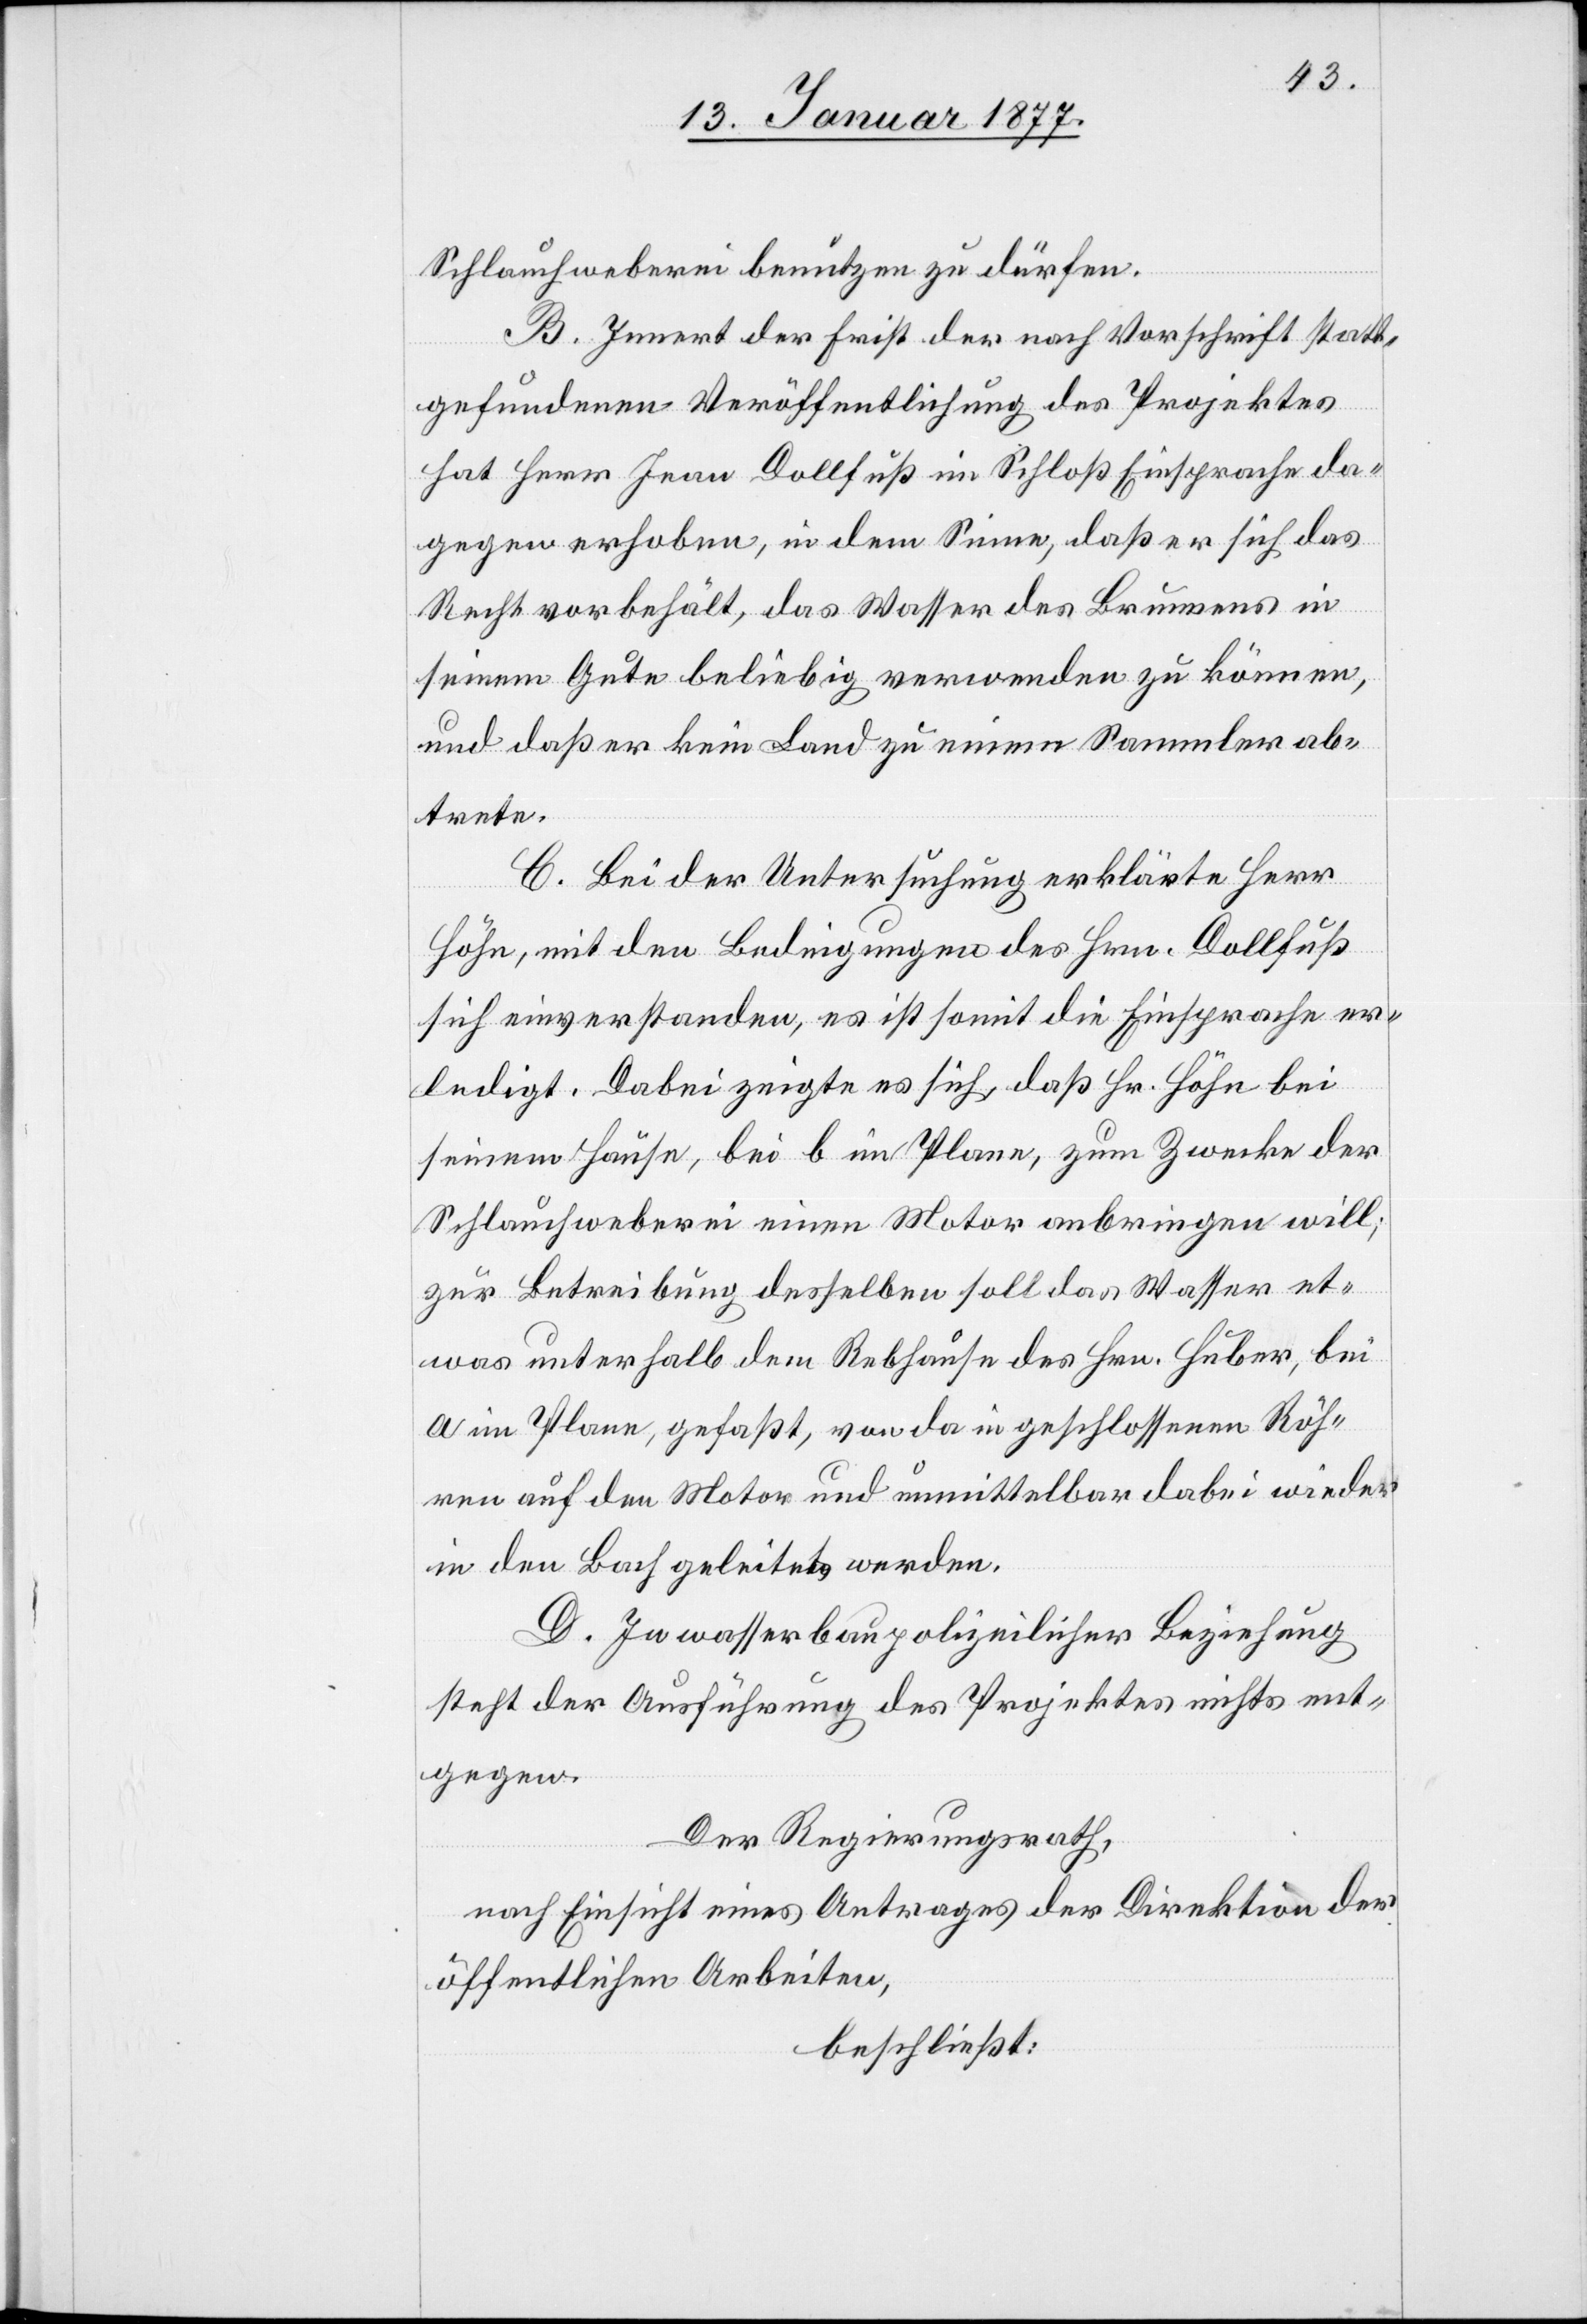
Schlauchweberei benützen zu dürfen.
B. Innert der Frist der nach Vorschrift statt¬
gefundenen Veröffentlichung der Projektes
hat Herr Inan Dollfuß im Schloß Einsprache da¬
gegen erhoben, in dem Sinne, daß er sich das
Recht vorbehält, das Wasser des Brunnens in
seinem Gute beliebig verwenden zu können,
und daß er kein Land zu einem Sammler ab¬
trete.
C. Bei der Untersuchung erklärte Herr
Höhn, mit den Bedingungen des Hrn. Dollfuß
sich einverstanden, es ist somit die Einsprache er¬
ledigt. Dabei zeigte es sich, daß Hr. Höhn bei
seinem Hause, bei b im Plane, zum Zwecke der
Schlauchweberei einen Motor anbringen will;
zur Betreibung desselben soll das Wasser et¬
was unterhalb dem Rebhause des Hrn. Huber, bei
a im Plane, gefaßt, von da in geschlossenen Röh¬
ren auf den Motor und unmittelbar dabei wieder
in den Bach geleitet werden.
D. In wasserbaupolizeilicher Beziehung
steht der Ausführung des Projektes nichts ent¬
gegen.
Der Regierungsrath,
nach Einsicht eines Antrages der Direktion der
öffentlichen Arbeiten,
beschließt: